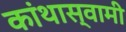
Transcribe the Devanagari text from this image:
कांथास्वामी